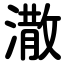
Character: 潵